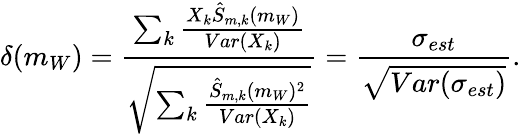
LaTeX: \delta(m_{W})=\frac{\sum_{k}\frac{X_{k}\hat{S}_{m,k}(m_{W})}{Var(X_{k})}}{\sqrt{\sum_{k}\frac{\hat{S}_{m,k}(m_{W})^{2}}{Var(X_{k})}}}=\frac{\sigma_{est}}{\sqrt{Var(\sigma_{est})}}.